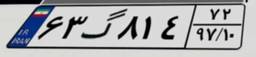
۶۳گ۸۱۴۷۲